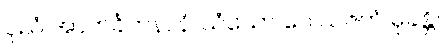
ပုညံ အာကင်္ခဟနာနံ၊ သံဃော ဝေ ယဇကံ မုခန္တိ။